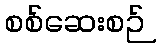
စစ်ဆေးစဉ်